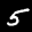
Label: 5